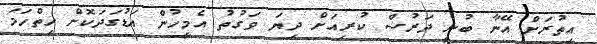
އިތުރަށް އޭނާ ބުނީ ދަރުސް ކުރިއަށް ދިޔަ ވަގުތު އެމީހުން އަޑުގަދަކޮށް ހިތްހަމަ